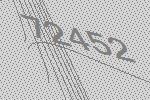
72452